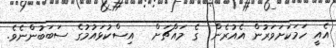
އެއީ ހަމަކަށަވަރުން އެއުރެން  ގެ މައްޗަށް   އިސްކުޅައުމުގެ ސަބަބުންނެވެ.